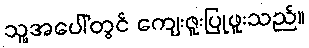
သူ့အပေါ်တွင် ကျေးဇူးပြုဖူးသည်။